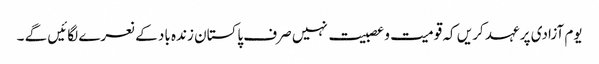
یوم آزادی پر عہد کریں کہ قومیت و عصبیت نہیں صرف پاکستان زندہ باد کے نعرے لگائیں گے ۔